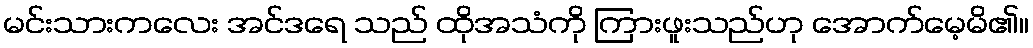
မင်းသားကလေး အင်ဒရေ သည် ထိုအသံကို ကြားဖူးသည်ဟု အောက်မေ့မိ၏။